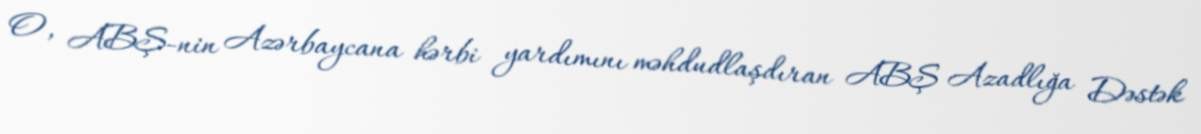
O, ABŞ-nin Azərbaycana hərbi yardımını məhdudlaşdıran ABŞ Azadlığa Dəstək